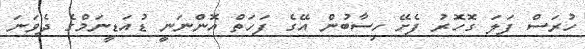
ހުރަސް ފަލަ ގޮހޮރު ފެށޭ ހިސާބުން އޭގެ ފަހަތް އޮންނަނީ ޑުއަޑީނަމްގެ ދެވަނަ